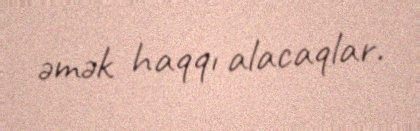
əmək haqqı alacaqlar.